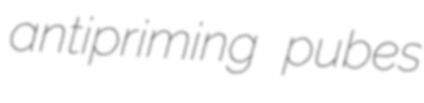
antipriming pubes